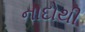
નાદોથી